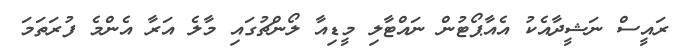
ރައީސް ނަޝީދާއެކު އެއާޕޯޓުން ނައްޓާލި މީޑިއާ ލޯންޗުގައި މާލެ އަރާ އެންމެ ފުރަތަމަ